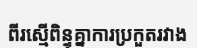
ពីរស្មើពិន្ទុគ្នាការប្រកួតរវាង